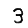
Digit: 3